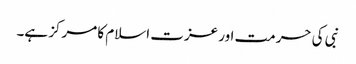
نبی کی حرمت اور عزت اسلام کا مرکز ہے۔